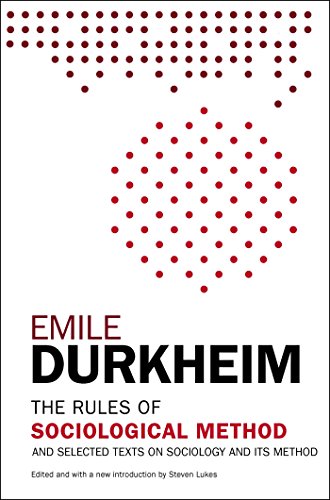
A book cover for The Rules of Sociological Method: And Selected Texts on Sociology and its Method; Emile Durkheim; Politics & Social Sciences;